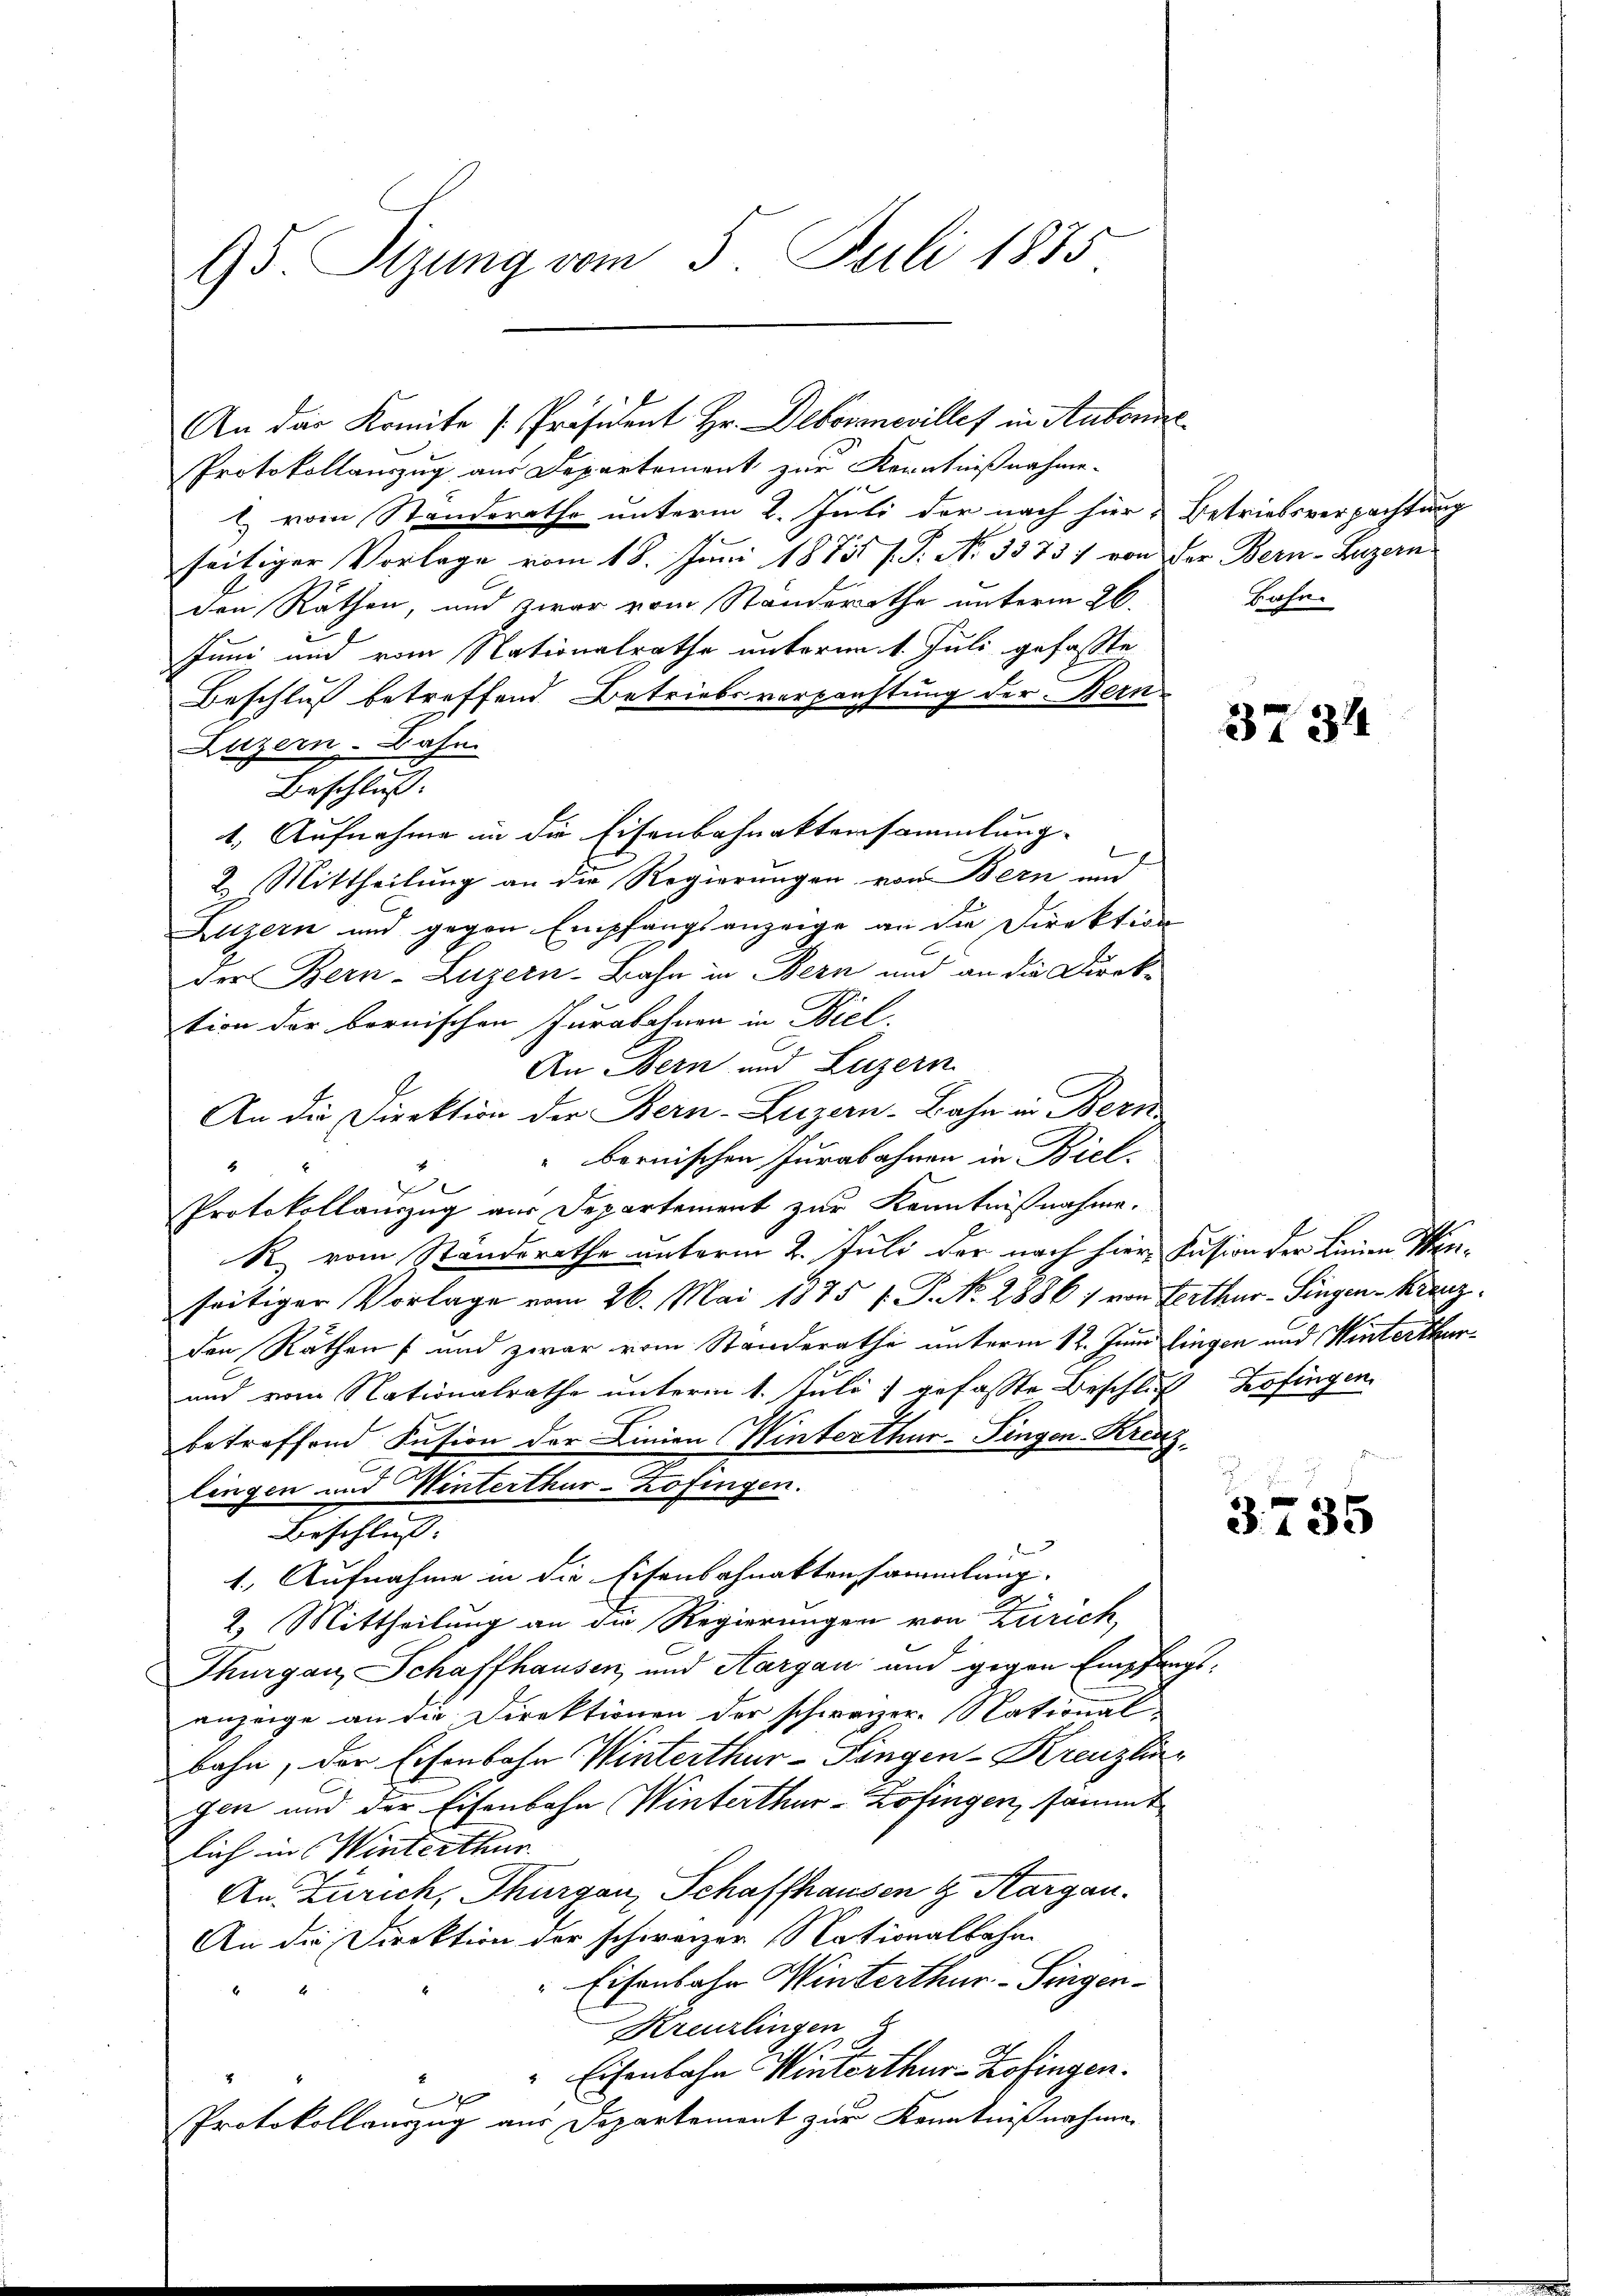
95 Sizung vom 5. Juli 1875

Protokollauszug aus Departement zur Kenntnißnahme.
l) vom Standerathe unterm 2. Juli der nach hier Betriebsverpachtung
seitiger Vorlage vom 18. Juni 18751 f. P. No 3373) von der Bern-Luzern
den Räthen, und zwar vom Ständerathe unterm 26.
Juni und vom Nationalrathe unterm 1. Juli gefasste
Beschluß betreffend Betriebsverpachtung der Bern
Luzern. Dahn
Bertschluß
1. Aufnahme in die Eisenbahnaktersammlung.
2. Mittheilung an die Regierungen von Bern und
Luzern und gegen Empfangsanzeige an die Direktion
der Bern-Luzern-Bahn in Bern und an die Direk-
tion der bornischen Jurabahnen in Biel.
An Bern und Luzern
An die Direktion der Bern-Luzern-Bahn in Bern
bornischen Jurabahren in Biele
3
Protokollauszug aus Departement zur Kenntnißnahme.
R. vom Standsrathe unterm 2. Juli der nach hier, Kasion der Linien Winseitiger Vorlage vom 26. Mai 1875 f. P. Nr. 2886: von Werthur–Singen Kranzden Rathen und zwar vom Standerathe unterm 12. Juni lingen und Winterthur¬
und vom Nationalrathe unterm 1. Juli) gefasste Beschluß Zofingen
betreffend Fusion der Linien Winterthur–Singen Kreuz,
lingen und Winterthur-Kofingen.
Beschluss. |
1. Aufnahme in die Eisenbahnaktensammlung.
2. Mittheilung an die Regierungen von Zürich,
Thurgau, Schaffhausen, und Aargau und gegen Empfangs-
anzeige an die Direktionen der schwarzer. National
bahn, der Eisenbahn Winterthur–Singen-Kreuzlin
gen und der Eisenbahn Winterthur - Zofingen, sammt
lich in Winterthur
An Zürich, Thurgau, Schaffhausen & Sargau.
An die Direktion der schweizer Nationalbahn-
 Eisenbahn Winterthur–Singenb
Kreuzlingen
" Eisenbahn Winterthur–Zofingen.

Protokollauszug aus Departement zur Kenntnißnahmen

An der Komite v. Präsident Hr. Deborenwilles ein Kantons

Bahn.

3734

3735